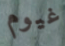
غيوم